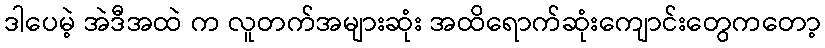
ဒါပေမဲ့ အဲဒီအထဲ က လူတက်အများဆုံး အထိရောက်ဆုံးကျောင်းတွေကတော့